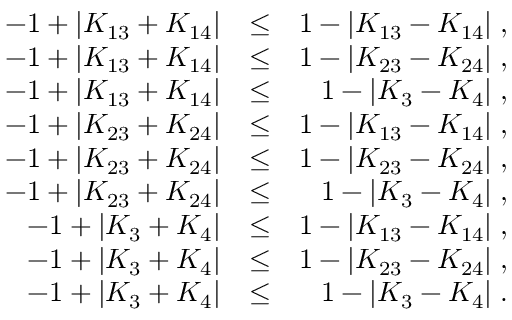
\begin{array} { r l r } { - 1 + \vert K _ { 1 3 } + K _ { 1 4 } \vert } & { \le } & { 1 - \vert K _ { 1 3 } - K _ { 1 4 } \vert \; , } \\ { - 1 + \vert K _ { 1 3 } + K _ { 1 4 } \vert } & { \le } & { 1 - \vert K _ { 2 3 } - K _ { 2 4 } \vert \; , } \\ { - 1 + \vert K _ { 1 3 } + K _ { 1 4 } \vert } & { \le } & { 1 - \vert K _ { 3 } - K _ { 4 } \vert \; , } \\ { - 1 + \vert K _ { 2 3 } + K _ { 2 4 } \vert } & { \le } & { 1 - \vert K _ { 1 3 } - K _ { 1 4 } \vert \; , } \\ { - 1 + \vert K _ { 2 3 } + K _ { 2 4 } \vert } & { \le } & { 1 - \vert K _ { 2 3 } - K _ { 2 4 } \vert \; , } \\ { - 1 + \vert K _ { 2 3 } + K _ { 2 4 } \vert } & { \le } & { 1 - \vert K _ { 3 } - K _ { 4 } \vert \; , } \\ { - 1 + \vert K _ { 3 } + K _ { 4 } \vert } & { \le } & { 1 - \vert K _ { 1 3 } - K _ { 1 4 } \vert \; , } \\ { - 1 + \vert K _ { 3 } + K _ { 4 } \vert } & { \le } & { 1 - \vert K _ { 2 3 } - K _ { 2 4 } \vert \; , } \\ { - 1 + \vert K _ { 3 } + K _ { 4 } \vert } & { \le } & { 1 - \vert K _ { 3 } - K _ { 4 } \vert \; . } \end{array}